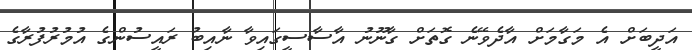
އަދީބަށް އެ މަގާމަށް އާދެވޭނެ ގޮތަށް ގާނޫނު އާސާސީގައިވާ ނާއިބު ރައީސުންގެ އުމުރުފުރާގެ